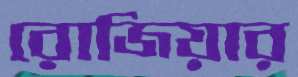
রোজিয়ার